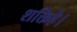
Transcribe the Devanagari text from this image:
शक्तिहै।